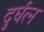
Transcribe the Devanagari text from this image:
दुर्घत्न